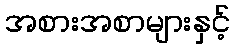
အစားအစာများနှင့်